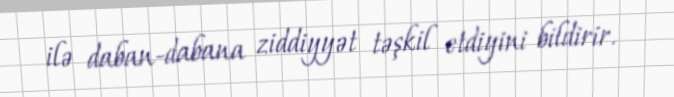
ilə daban-dabana ziddiyyət təşkil etdiyini bildirir.